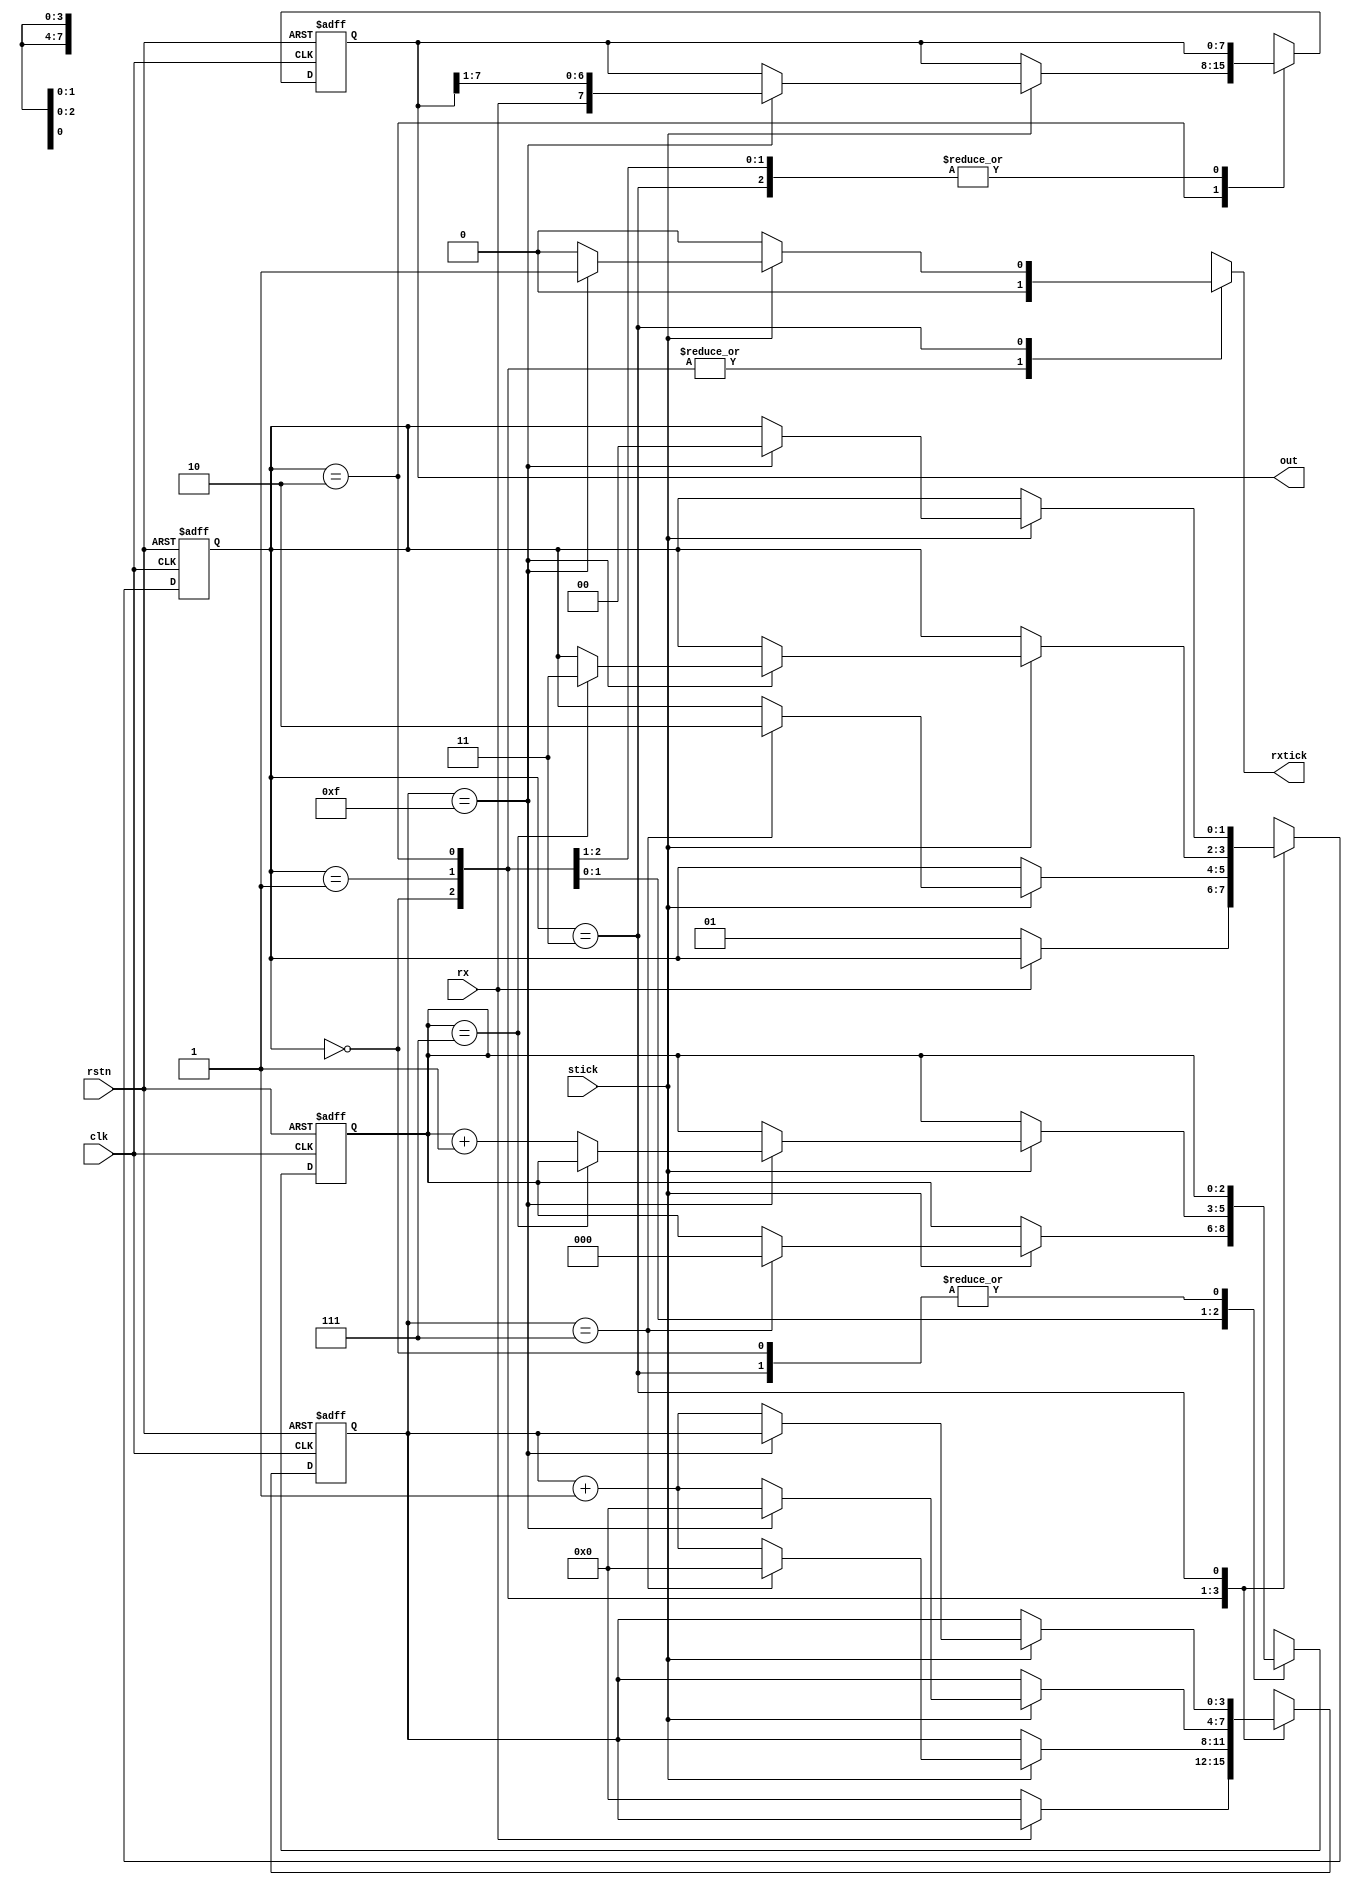
`timescale 1ns / 1ps

module Receiver 
#(parameter SB_TICK = 16)
(
    input clk,rstn,rx,stick,
    output reg rxtick,
    output [7:0] out
);
    
    localparam 
        idle = 0,
        start = 1,
        data = 2,
        stop = 3;

reg [1:0] state_reg, next_state;
reg [3:0] sreg, snext;
reg [2:0] nreg, nnext;
reg [7:0] breg, bnext;

always @(posedge clk, negedge rstn)
begin
    if(!rstn) begin
        state_reg <= idle;
        sreg <= 0;
        nreg <= 0;
        breg <= 0;
    end
    
    else begin
        state_reg <= next_state;
        sreg <= snext;
        nreg <= nnext;
        breg <= bnext;
    end
end

always @* begin
    next_state = state_reg;
    snext = sreg;
    nnext = nreg;
    bnext = breg;
    rxtick = 0;

    case(state_reg)
        idle:
            if(!rx) begin
                snext = 0;
                next_state = start;
            end
            
        start:
            if(stick)
                if(sreg == 7) begin
                    snext = 0;
                    nnext = 0;
                    next_state = data;
                end
                else snext = sreg + 1;
                
        data:
            if(stick)
                if(sreg == 15) begin
                    snext = 0;
                    bnext = {rx,breg[7:1]};
                    if(nreg == 7) next_state = stop;
                    else nnext = nreg  + 1;
                end
                else snext = sreg + 1;
        
        stop:
            if(stick)
                if(sreg == (SB_TICK - 1))
                begin
                    rxtick = 1;
                    next_state = idle;
                end
                else snext = sreg + 1;
                
        default: next_state = idle;
    endcase     
end

assign out = breg;
endmodule